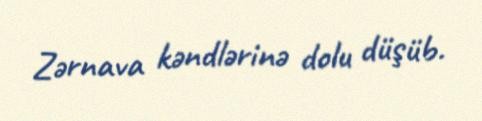
Zərnava kəndlərinə dolu düşüb.